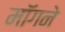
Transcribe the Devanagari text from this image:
मॉगने